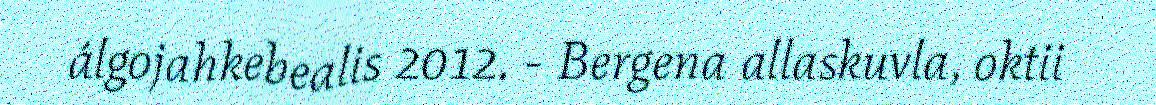
álgojahkebealis 2012. - Bergena allaskuvla, oktii